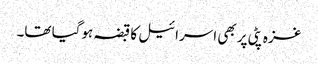
غزہ پٹی پر بھی اسرائیل کا قبضہ ہوگیا تھا۔